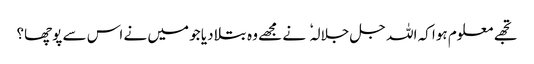
تجھے معلوم ہوا کہ اللہ جل جلالہ نے مجھے وہ بتلا دیا جو میں نے اس سے پوچھا؟